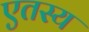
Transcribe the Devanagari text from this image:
एतस्य